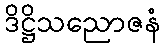
ဒိဋ္ဌိသညောဇနံ